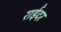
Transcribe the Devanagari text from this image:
राईंदर